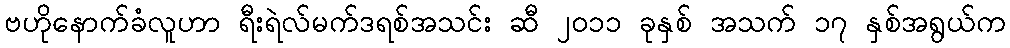
ဗဟိုနောက်ခံလူဟာ ရီးရဲလ်မက်ဒရစ်အသင်း ဆီ ၂၀၁၁ ခုနှစ် အသက် ၁၇ နှစ်အရွယ်က